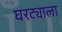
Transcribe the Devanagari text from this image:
घरट्याला